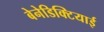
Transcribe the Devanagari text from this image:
बेनेडिक्टियाई